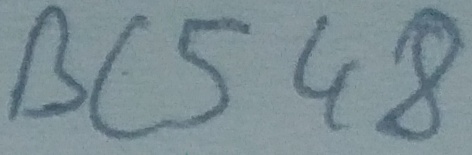
Text: BC548